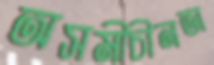
অসমীচীনতা